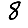
Digit: 8